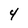
Character: 4